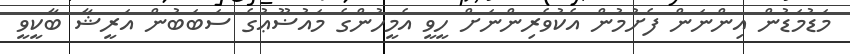
މަޑުމަޑުން އިންނަން ފެށުމުން އެކުވެރިންނަށް ހީވީ އެމީހުންގެ މައުޟޫޢުގެ ސަބަބުން އަރީޝާ ބާކީވީ